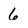
Character: 6